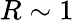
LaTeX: R\sim 1